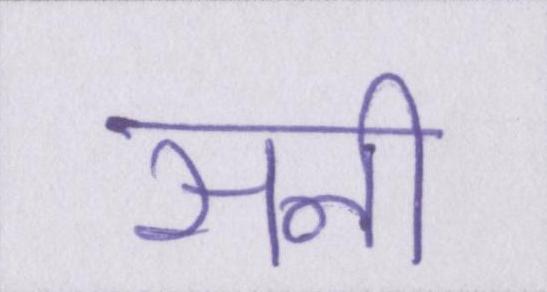
सनी